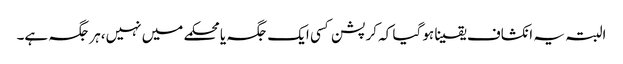
البتہ یہ انکشاف یقینا ہو گیا کہ کرپشن کسی ایک جگہ یا محکمے میں نہیں،ہر جگہ ہے۔